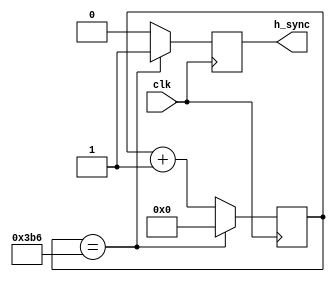
module h_sync(
  input clk,
  output reg h_sync
);

reg [11:0] count;

always @(posedge clk) begin
  if(count == 950) begin
    count <= 0;
    h_sync <= 1;
  end
  else begin
    count <= count + 1;
    h_sync <= 0;
  end
end

endmodule